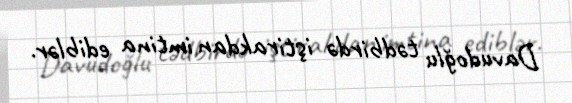
Davudoğlu tədbirdə iştirakdan imtina ediblər.